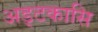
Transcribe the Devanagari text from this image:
अड्टकासि